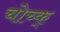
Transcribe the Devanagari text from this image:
चोच्क्